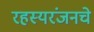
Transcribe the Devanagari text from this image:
रहस्यरंजनचे